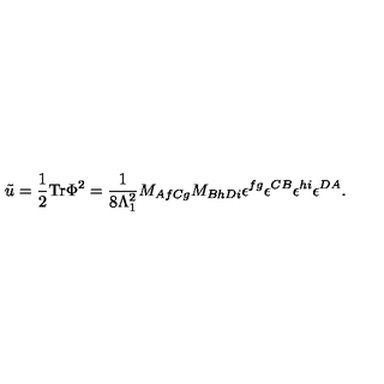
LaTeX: \tilde { u } = \frac { 1 } { 2 } \mathrm { T r } \Phi ^ { 2 } = \frac { 1 } { 8 \Lambda _ { 1 } ^ { 2 } } M _ { A f C g } M _ { B h D i } \epsilon ^ { f g } \epsilon ^ { C B } \epsilon ^ { h i } \epsilon ^ { D A } .